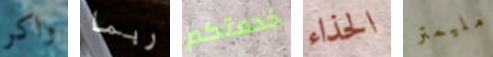
واكر ربما خدمتكم الحذاء مليمتر